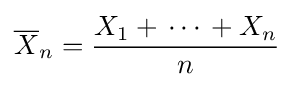
{\overline {X}}_{n}={\frac {X_{1}+\,\cdots \,+X_{n}}{n}}